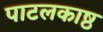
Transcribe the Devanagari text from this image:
पाटलकाष्ठ